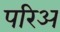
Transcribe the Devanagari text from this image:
परिअ